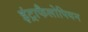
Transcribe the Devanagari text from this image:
इंट्राफैलोपियन